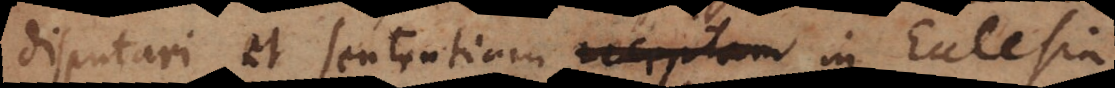
disputari, et sententiam receptam in Ecclesia